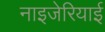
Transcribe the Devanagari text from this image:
नाइजेरियाई